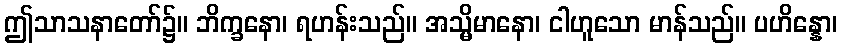
ဤသာသနာတော်၌။ ဘိက္ခနော၊ ရဟန်းသည်။ အသ္မိမာနော၊ ငါဟူသော မာန်သည်။ ပဟိန္နော၊